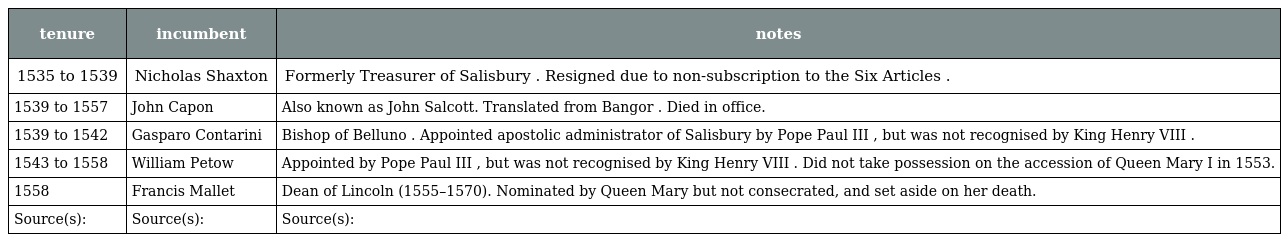
| tenure | incumbent | notes |
 | --- | --- | --- |
 | 1535 to 1539 | Nicholas Shaxton | Formerly Treasurer of Salisbury . Resigned due to non-subscription to the Six Articles . |
 | 1539 to 1557 | John Capon | Also known as John Salcott. Translated from Bangor . Died in office. |
 | 1539 to 1542 | Gasparo Contarini | Bishop of Belluno . Appointed apostolic administrator of Salisbury by Pope Paul III , but was not recognised by King Henry VIII . |
 | 1543 to 1558 | William Petow | Appointed by Pope Paul III , but was not recognised by King Henry VIII . Did not take possession on the accession of Queen Mary I in 1553. |
 | 1558 | Francis Mallet | Dean of Lincoln (1555–1570). Nominated by Queen Mary but not consecrated, and set aside on her death. |
 | Source(s): | Source(s): | Source(s): |